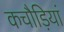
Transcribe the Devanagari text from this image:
कचौड़ियां